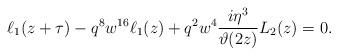
LaTeX: \begin{align*}\ell_1(z+\tau)-q^8w^{16}\ell_1(z)+q^2w^4\frac{i\eta^3}{\vartheta(2z)}L_2(z)=0.\end{align*}